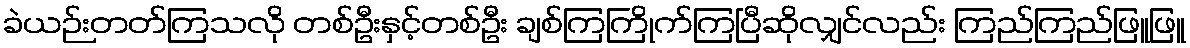
ခဲယဉ်းတတ်ကြသလို တစ်ဦးနှင့်တစ်ဦး ချစ်ကြကြိုက်ကြပြီဆိုလျှင်လည်း ကြည်ကြည်ဖြူဖြူ